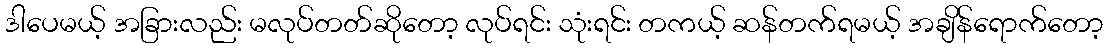
ဒါပေမယ့် အခြားလည်း မလုပ်တတ်ဆိုတော့ လုပ်ရင်း သုံးရင်း တကယ့် ဆန်တက်ရမယ့် အချိန်ရောက်တော့